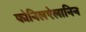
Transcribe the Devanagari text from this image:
फोनिलऐलानिन